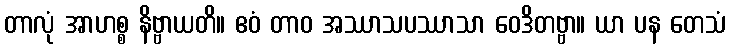
တာလုံ အာဟစ္စ နိဗ္ဗာယတိ။ ဧဝံ တာဝ အဿာသပဿာသာ ဝေဒိတဗ္ဗာ။ ယာ ပန တေသံ